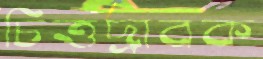
চিত্তদ্রাবক